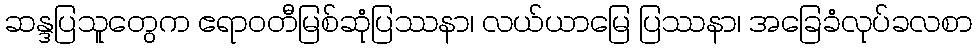
ဆန္ဒပြသူတွေက ဧရာဝတီမြစ်ဆုံပြဿနာ၊ လယ်ယာမြေ ပြဿနာ၊ အခြေခံလုပ်ခလစာ